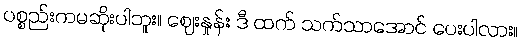
ပစ္စည်းကမဆိုးပါဘူး။ ဈေးနှုန်း ဒီ ထက် သက်သာအောင် ပေးပါလား။